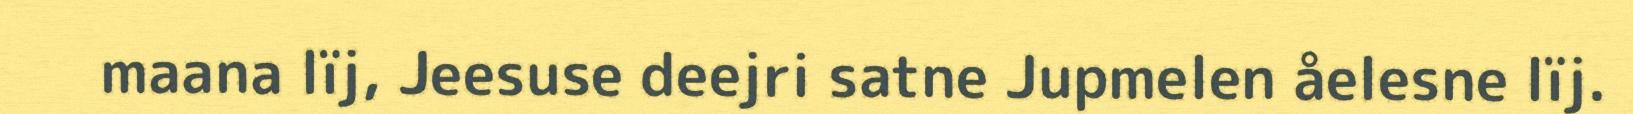
maana lïj, Jeesuse deejri satne Jupmelen åelesne lïj.